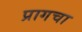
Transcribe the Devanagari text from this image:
प्रागचा